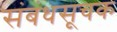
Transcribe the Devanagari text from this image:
संबंधसूचक